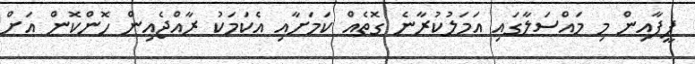
ފީފާއިން މި މައްސަލާގައި އަމަލުކުރާނެ ގޮތެއް ކަމަށާއި އެކަމަކު ރާއްޖެއިން ހޮންކޮން އަށް